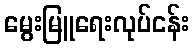
မွေးမြူရေးလုပ်ငန်း